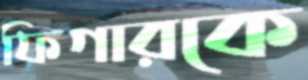
ফিগারকে